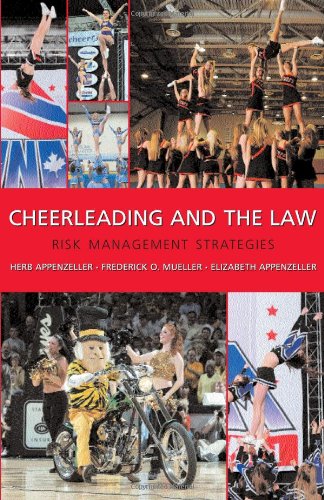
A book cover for Cheerleading and the Law: Risk Management Strategies; Herb Appenzeller; Law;